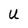
Character: U